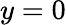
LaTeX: y=0